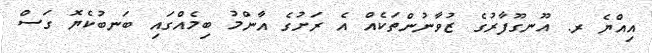
އިއްޔެ ރ. އޫނގޫފާރުގެ ޒުވާނުންތަކެއް އެ ރަށުގެ އާންމު ބިމެއްގައި ބަނބުކެޔޮ ގަސް